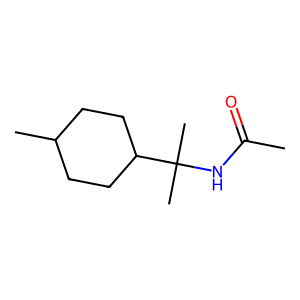
SMILES: CC(=O)NC(C)(C)C1CCC(C)CC1
Inhibits HIV replication: No